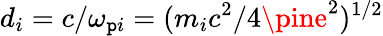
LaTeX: d_{i}=c/\omega_{\mathtt{p}i}=(m_{i}c^{2}/4\pine^{2})^{1/2}